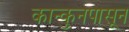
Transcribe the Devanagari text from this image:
कान्कुनपासून